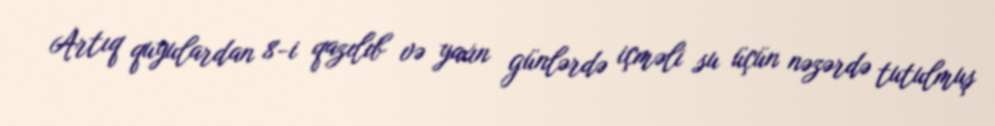
Artıq quyulardan 8-i qazılıb və yaxın günlərdə içməli su üçün nəzərdə tutulmuş